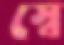
স্বে